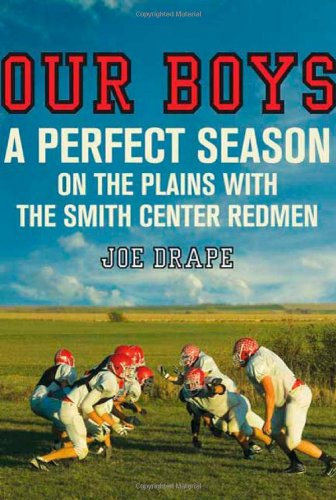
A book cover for Our Boys: A Perfect Season on the Plains with the Smith Center Redmen; Joe Drape; Sports & Outdoors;